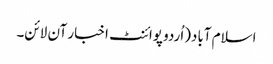
اسلام آباد(اُردو پوائنٹ اخبار آن لائن۔